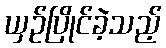
ယှဉ်ပြိုင်ခဲ့သည့်